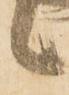
候